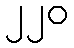
၂၂၀